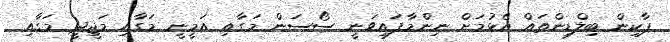
ޕާކިން ބިލްޑިންތައް އެޅުމަށް ނިންމާފައިވަނީ ސޯސަން މަގާއި އަމީނީ މަގާއި މަޖީދީ މަގާއި